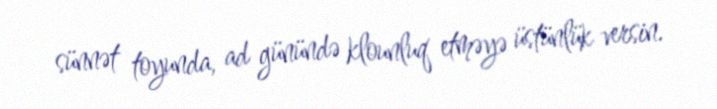
sünnət toyunda, ad günündə klounluq etməyə üstünlük versin.